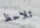
تلاحظ